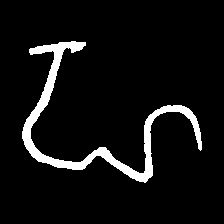
Pyu character \u2014 Myanmar letter: ဟ (romanized: ha)